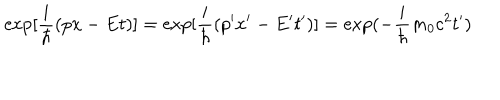
LaTeX: \exp [ \frac { i } { \hbar } ( p x - E t ) ] = \exp [ \frac { i } { \hbar } ( p ^ { \prime } x ^ { \prime } - E ^ { \prime } t ^ { \prime } ) ] = \exp ( - \frac { i } { \hbar } m _ { 0 } c ^ { 2 } t ^ { \prime } )